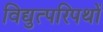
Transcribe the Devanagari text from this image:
विद्युत्परिपथों